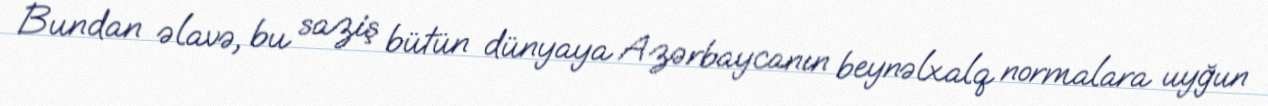
Bundan əlavə, bu saziş bütün dünyaya Azərbaycanın beynəlxalq normalara uyğun